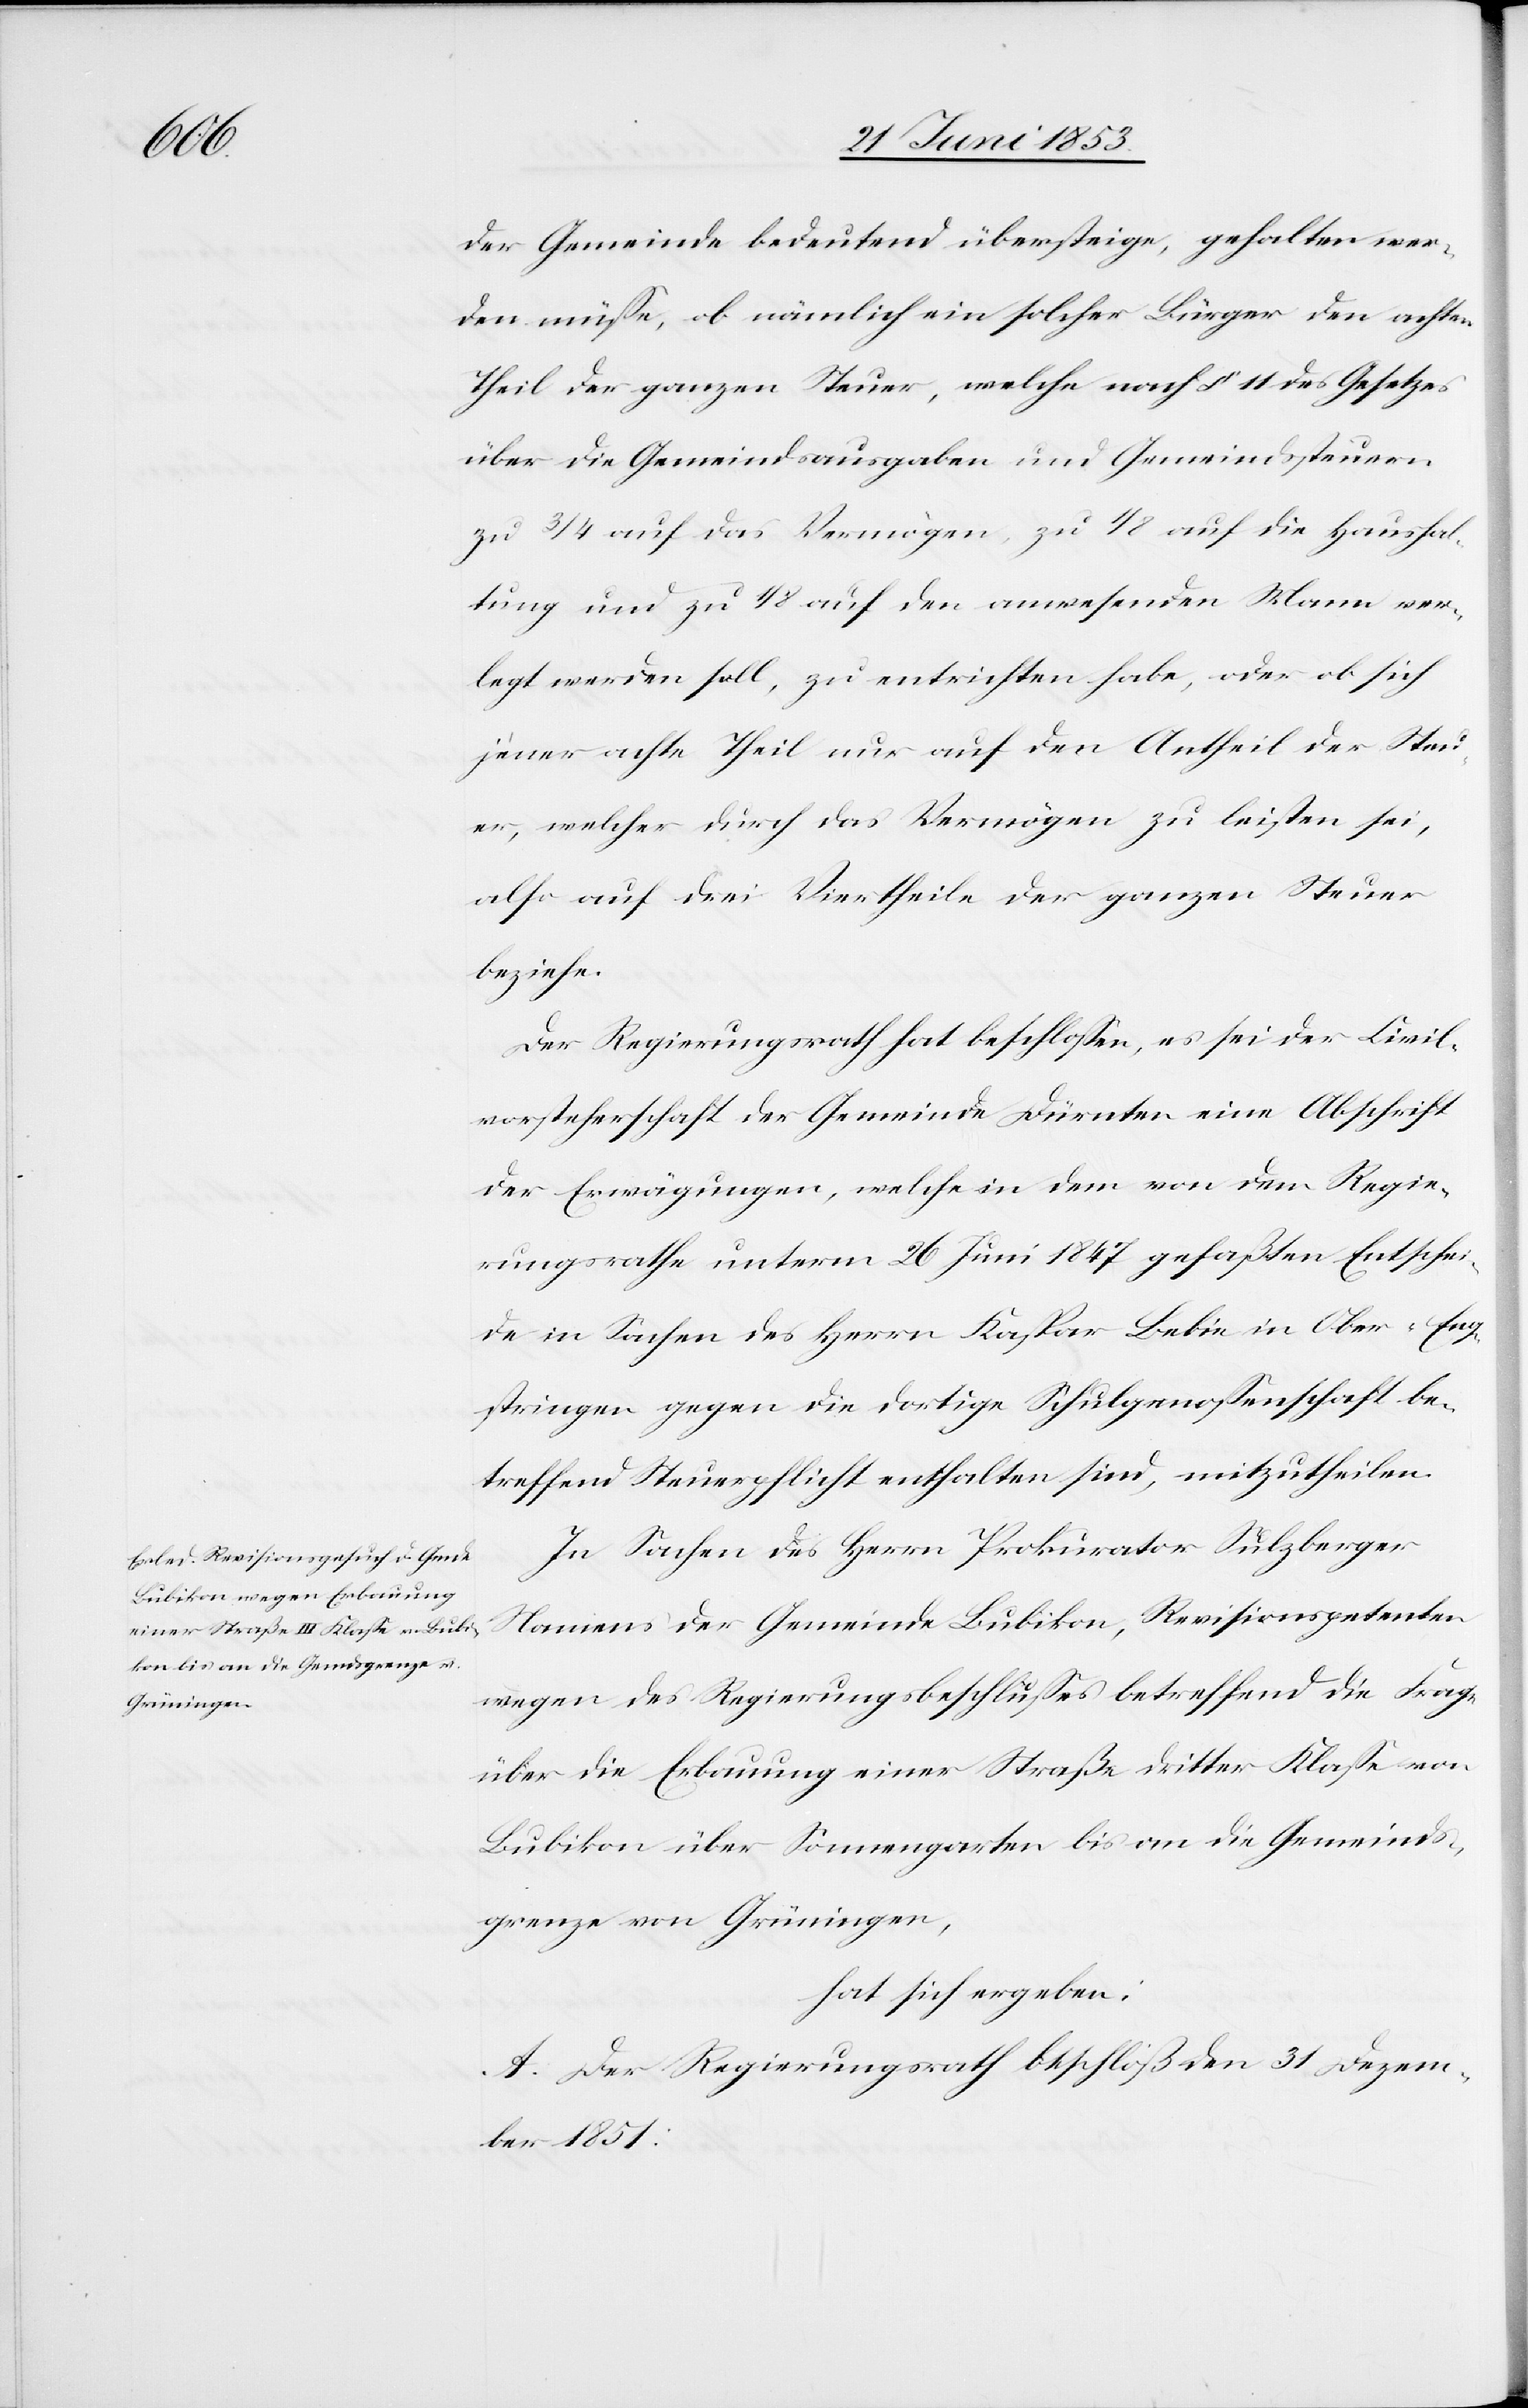
der Gemeinde bedeutend übersteige, gehalten wer¬
den müße, ob nämlich ein solcher Bürger den achten
Theil der ganzen Steuer, welche nach § 11 des Gesetzes
über die Gemeindsausgaben und Gemeindssteuern
zu 3/4 auf das Vermögen, zu 1/8 auf die Haushal¬
tung und zu 1/8 auf den anwesenden Mann ver¬
legt werden soll, zu entrichten habe, oder ob sich
jener achte Theil nur auf den Antheil der Steu¬
er, welcher durch das Vermögen zu leisten sei,
also auf drei Viertheile der ganzen Steuer
beziehe.
Der Regierungsrath hat beschloßen, es sei der Civil¬
vorsteherschaft der Gemeinde Dürnten eine Abschrift
der Erwägungen, welche in dem von dem Regie¬
rungsrathe unterm 26 Juni 1847 gefaßten Entschei¬
de in Sachen den Herrn Kaspar Bebin in Ober-Eng¬
stringen gegen die dortige Schulgenoßenschaft be¬
treffend Steuerpflicht enthalten sind, mitzutheilen.
In Sachen des Herrn Prokurator Sulzberger
Namens der Gemeinde Bubikon, Revisionspetenten
wegen des Regierungsbeschlußes betreffend die Frage
über die Erbauung einer Straße dritter Klaße von
Bubikon über Sonnengarten bis an die Gemeinds¬
grenze von Grüningen,
hat sich ergeben:
A. Der Regierungsrath beschloß den 31 Dezem¬
ber 1851: